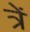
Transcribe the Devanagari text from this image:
त्रें